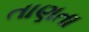
તાણતા